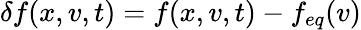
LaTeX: \delta f(x,v,t)=f(x,v,t)-f_{eq}(v)